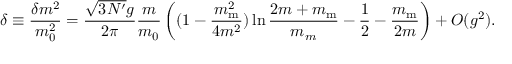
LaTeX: \delta \equiv { \frac { \delta m _ { } ^ { 2 } } { m _ { 0 } ^ { 2 } } } = \frac { \sqrt { 3 N ^ { \prime } } g } { 2 \pi } \frac { m } { m _ { 0 } } \left( ( 1 - \frac { m _ { \mathrm m } ^ { 2 } } { 4 m ^ { 2 } } ) \ln \frac { 2 m + m _ { \mathrm m } } { m _ { m } } - \frac 1 2 - \frac { m _ { \mathrm m } } { 2 m } \right) + O ( g ^ { 2 } ) .